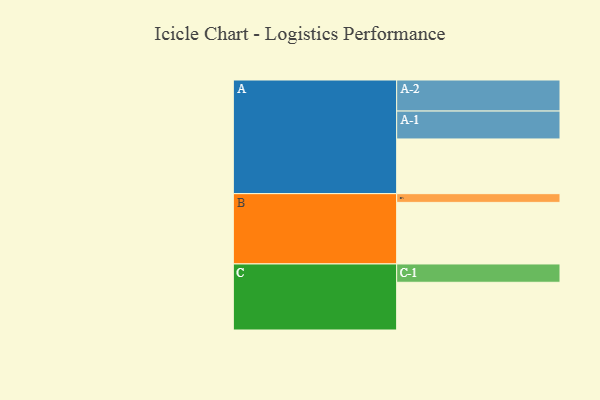
{"axis": {"x": "Segment", "y": "Value"}, "legend": ["", "A", "B", "C"], "data": [{"x": "A", "y": 502, "type": ""}, {"x": "B", "y": 565, "type": ""}, {"x": "C", "y": 438, "type": ""}, {"x": "A-1", "y": 256, "type": "A"}, {"x": "A-2", "y": 285, "type": "A"}, {"x": "B-1", "y": 80, "type": "B"}, {"x": "C-1", "y": 168, "type": "C"}]}